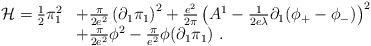
LaTeX: \begin{align*}\begin{array}{r l}{\cal H}=\frac{1}{2}\pi^2_1&+\frac{\pi}{2e^2}\left(\partial_1\pi_1\right)^2+\frac{e^2}{2\pi}\left(A^1-\frac{1}{2e\lambda}\partial_1(\phi_+-\phi_-)\right)^2\\&+\frac{\pi}{2e^2}\phi^2-\frac{\pi}{e^2}\phi(\partial_1\pi_1)\ .\end{array}\end{align*}